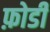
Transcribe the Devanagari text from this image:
फ़ोडी